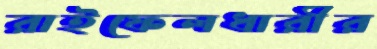
রাইফেলধারীর